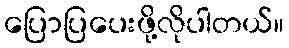
ပြောပြပေးဖို့လိုပါတယ်။